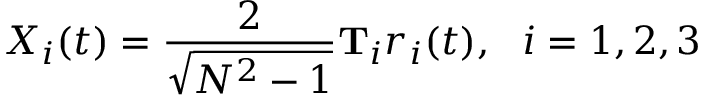
X _ { i } ( t ) = \frac { 2 } { \sqrt { N ^ { 2 } - 1 } } \mathbf { T } _ { i } r _ { i } ( t ) , \ \ i = 1 , 2 , 3